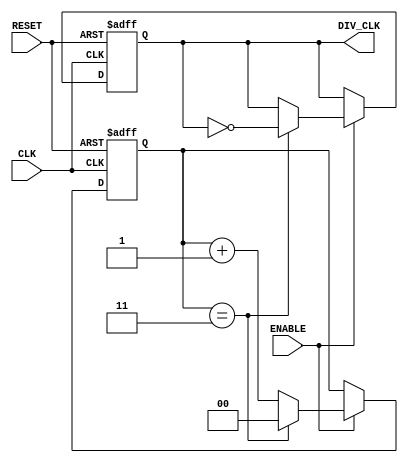
module frequency_divider #(
    parameter M = 4 // Division factor (M)
) (
    input wire CLK,        // Input clock
    input wire RESET,      // Asynchronous reset
    input wire ENABLE,     // Enable signal
    output reg DIV_CLK     // Divided clock output
);

    // Internal counter
    reg [$clog2(M)-1:0] counter; // Counter width determined by M

    // Initialization
    initial begin
        DIV_CLK = 0;
        counter = 0;
    end

    // Always block for clock and reset
    always @(posedge CLK or posedge RESET) begin
        if (RESET) begin
            counter <= 0;
            DIV_CLK <= 0; // Reset output clock on reset
        end else if (ENABLE) begin
            if (counter == M-1) begin
                // Toggle the output clock
                DIV_CLK <= ~DIV_CLK;
                counter <= 0; // Reset counter
            end else begin
                counter <= counter + 1; // Increment counter
            end
        end
    end

endmodule